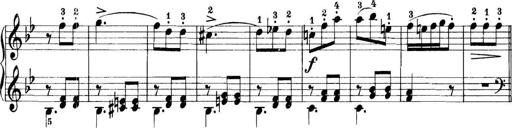
Title: 11 Sonatinas
Composer: Anton Diabelli